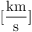
[ \frac { \mathrm { k m } } { \mathrm { s } } ]